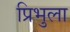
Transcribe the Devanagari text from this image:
प्रिभुला